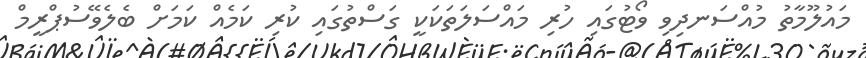
މައުލޫމާތު މުއްސަނދިވި ވޯޓުގައި ހުރި މައްސަލަތަކަކީ ގަސްތުގައި ކުރި ކަމެއް ކަމަށް ބެލެވޭސުޕްރީމް